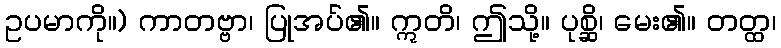
ဥပမာကို။) ကာတဗ္ဗာ၊ ပြုအပ်၏။ ဣတိ၊ ဤသို့။ ပုစ္ဆိ၊ မေး၏။ တတ္ထ၊